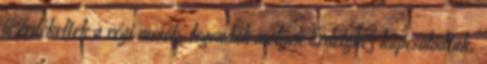
is érdekeltek a régi mesék, legendák melyek Erdélyhez kapcsolódtak.